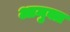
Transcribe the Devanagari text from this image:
आमुक्त